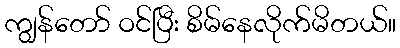
ကျွန်တော် ဝင်ပြီး စိမ်နေလိုက်မိတယ်။